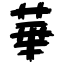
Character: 華